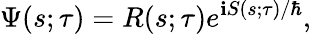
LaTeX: \Psi{\left(s;\tau\right)}=R{\left(s;\tau\right)}e^{\mathbf{i}S{\left(s;\tau\right)}/\hbar},